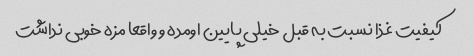
کیفیت غذا نسبت به قبل خیلی پایین اومده و واقعا مزه خوبی نداشت